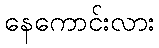
နေကောင်းလား